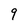
Character: 9